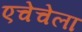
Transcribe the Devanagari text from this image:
एचेचेला